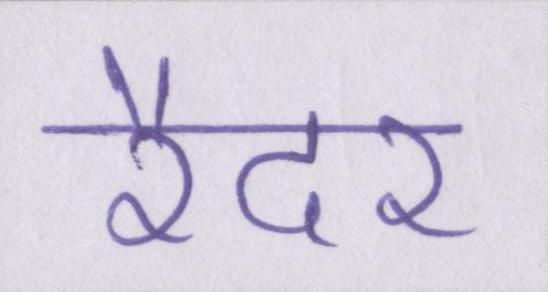
रैदर